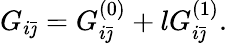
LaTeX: G_{i\bar{\jmath}}=G_{i\bar{\jmath}}^{(0)}+lG_{i\bar{\jmath}}^{(1)}.